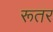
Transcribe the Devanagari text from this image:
रूतर